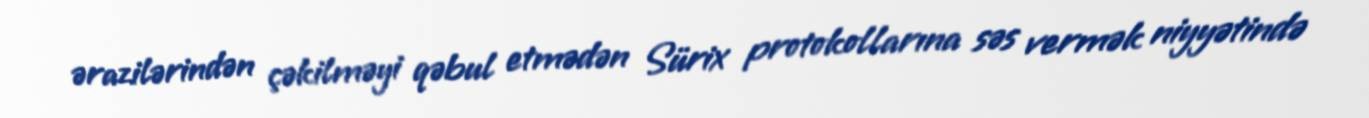
ərazilərindən çəkilməyi qəbul etmədən Sürix protokollarına səs vermək niyyətində